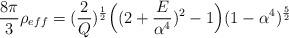
LaTeX: \begin{align*}\frac{8\pi}{3}\rho_{eff}=(\frac{2}{Q})^{\frac{1}{2}}\Big{(}(2+\frac{E}{\alpha^{4}})^{2} -1 \Big{)} (1-\alpha^{4}) ^{\frac{5}{2}}\end{align*}